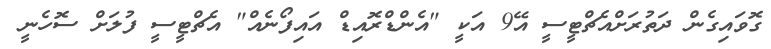
ގޮވައިގެން ދަތުރަށްއެޗްޓީސީ އޭ9 އަކީ "އެންޑްރޮއިޑް އައިފޯނެއް" އެޗްޓީސީ ފުލަށް ސޮހެނީ